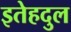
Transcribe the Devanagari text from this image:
इतेहदुल